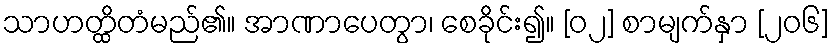
သာဟတ္ထိတံမည်၏။ အာဏာပေတွာ၊ စေခိုင်း၍။ [၀၂] စာမျက်နှာ [၂၀၆]